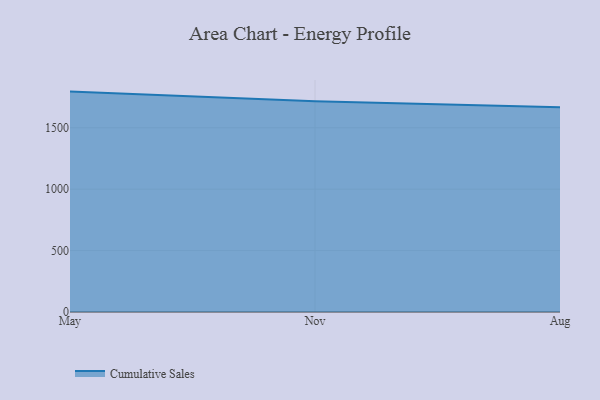
{"axis": {"x": "Month", "y": "Production Output"}, "legend": ["Cumulative Sales"], "data": [{"x": "May", "y": 1794.5, "type": "Cumulative Sales"}, {"x": "Nov", "y": 1715.3, "type": "Cumulative Sales"}, {"x": "Aug", "y": 1667.1, "type": "Cumulative Sales"}]}